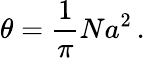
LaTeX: \theta=\frac{1}{\pi}Na^{2}\, .